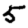
Digit: 5